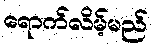
ရောက်လိမ့်မည်